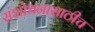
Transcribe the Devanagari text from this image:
संशोधनासाठीच